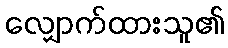
လျှောက်ထားသူ၏